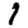
Digit: 1